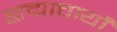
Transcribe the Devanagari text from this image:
छद्माचार्यों